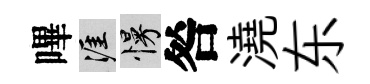
嗶涯慢咎澆东